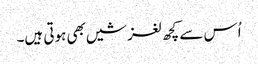
اُس سے کچھ لغزشیں بھی ہوتی ہیں۔